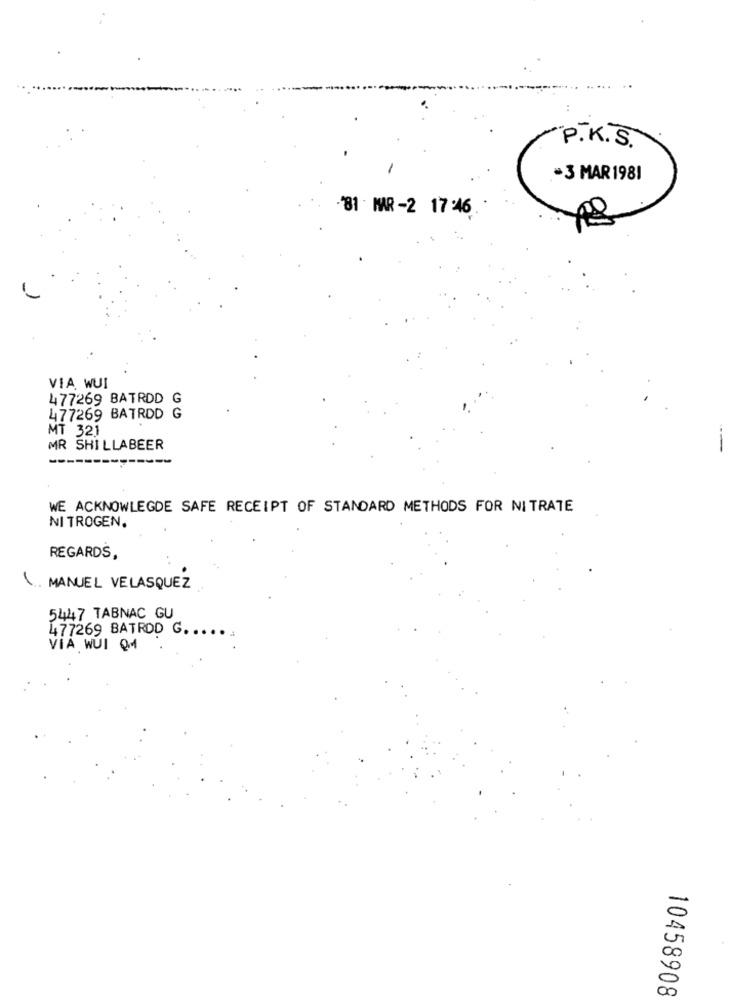
P . K . S .
-3 MAR 1981
-'81 MAR-2 17:46
VIA WUI
477269 BATRDD G
477269 BATRDD G
MT 321
MR SHILLABEER
WE ACKNOWLEGDE SAFE RECEIPT OF STANDARD METHODS FOR NITRATE
NITROGEN.
REGARDS,
( .. MANUEL VELASQUEZ
5447 TABNAC GU
477269 BATRDD G ......
VIA WUI QM
10458908